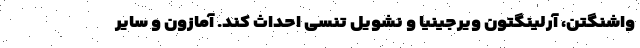
واشنگتن، آرلینگتون ویرجینیا و نشویل تنسی احداث کند. آمازون و سایر